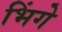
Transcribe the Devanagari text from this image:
भिंगे